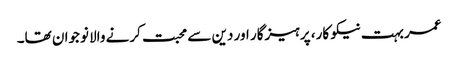
عمر بہت نیکو کار، پرہیزگار اور دین سے محبت کرنے والا نوجوان تھا۔